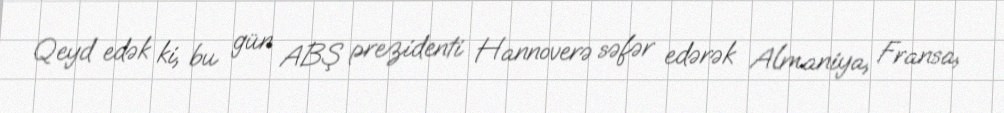
Qeyd edək ki, bu gün ABŞ prezidenti Hannoverə səfər edərək Almaniya, Fransa,